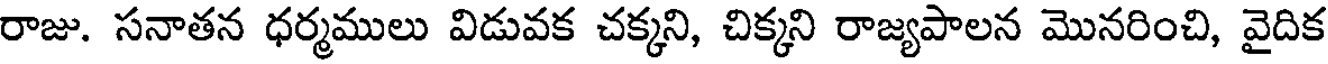
రాజు. సనాతన ధర్మములు విడువక చక్కని, చిక్కని రాజ్యపాలన మొనరించి, వైదిక